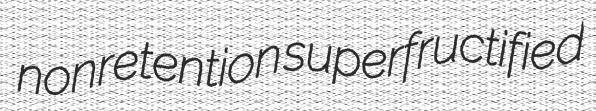
nonretention superfructified